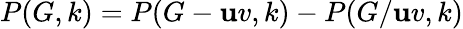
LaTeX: P(G,k)=P(G-\mathbf{u}v,k)-P(G/\mathbf{u}v,k)